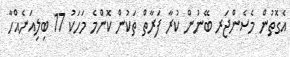
އެގޮތުން މެސެންޖަރ ބޭނުން ކުރާ ފަރާތް ތަކުން ކޮންމެ މަހަކު 17 ބިލިއަނެއްހާ